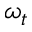
\omega _ { t }